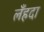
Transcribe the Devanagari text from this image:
लँहदा